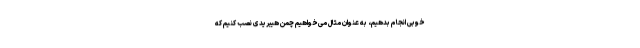
خوبی انجام بدهیم، به عنوان مثال می‌خواهیم چمن هیبریدی نصب کنیم که